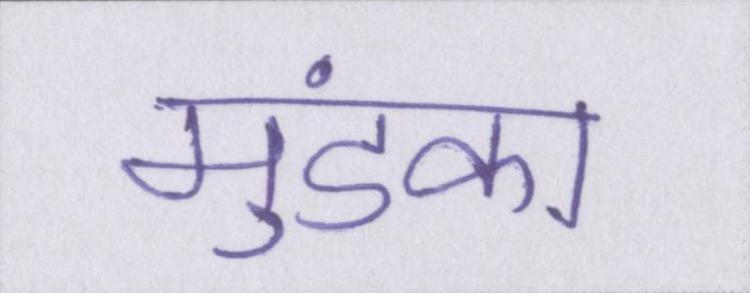
मुंडका